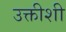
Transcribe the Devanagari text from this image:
उक्तीशी